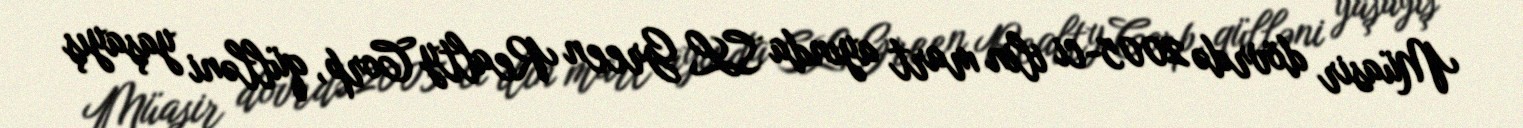
Müasir dövrdə 2005-ci ilin mart ayında SL Green Realty Corp, qülləni yaşayış